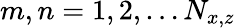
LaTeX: m,n=1,2,\dotsc N_{x,z}